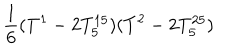
\frac { 1 } { 6 } ( T ^ { 1 } - 2 T _ { 5 } ^ { 1 5 } ) ( T ^ { 2 } - 2 T _ { 5 } ^ { 2 5 } )